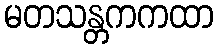
မတသန္တကကထာ